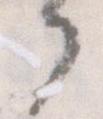
部